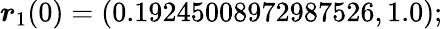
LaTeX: \boldsymbol{r}_{1}(0)=(0.19245008972987526,1.0);